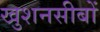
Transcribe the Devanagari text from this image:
खुशनसीबों